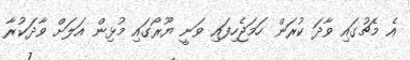
އެ މެޗުގައި ވާދަ ކުރަން ހަމަޖެހިފައި ވަނީ ޔޫރޯގައި މުޅިން އަލަށް ވާދަކުރާ